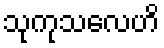
သုကုသလေဟိ